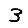
Digit: 3